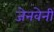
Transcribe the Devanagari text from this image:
जेनवेनी